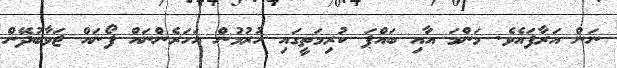
ނަން އަރާފައެވެ. މަންމަ އާއި ބައްޕަ ކުރިމަތީގައި ހުރުމުން އަހަރެންނައް ފޯނައް ޖަވާބުދޭން